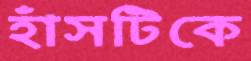
হাঁসটিকে